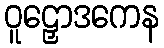
ဝူဠှောဒကေန